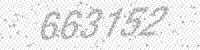
Solution: 663152